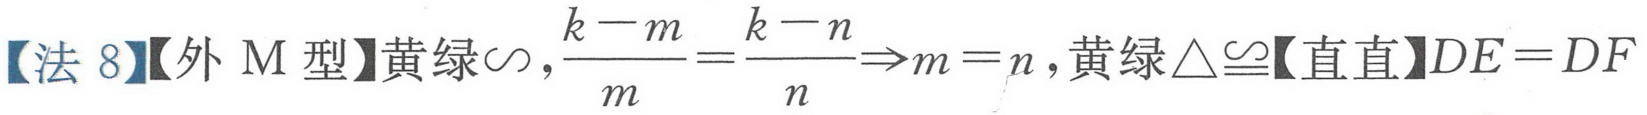
【法 8】【外 M 型】黄绿\(\sim\),\(\frac{k - m}{m}=\frac{k - n}{n}\Rightarrow m = n\),黄绿\(\triangle\cong\)【直直】\(DE = DF\)